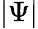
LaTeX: |\Psi|